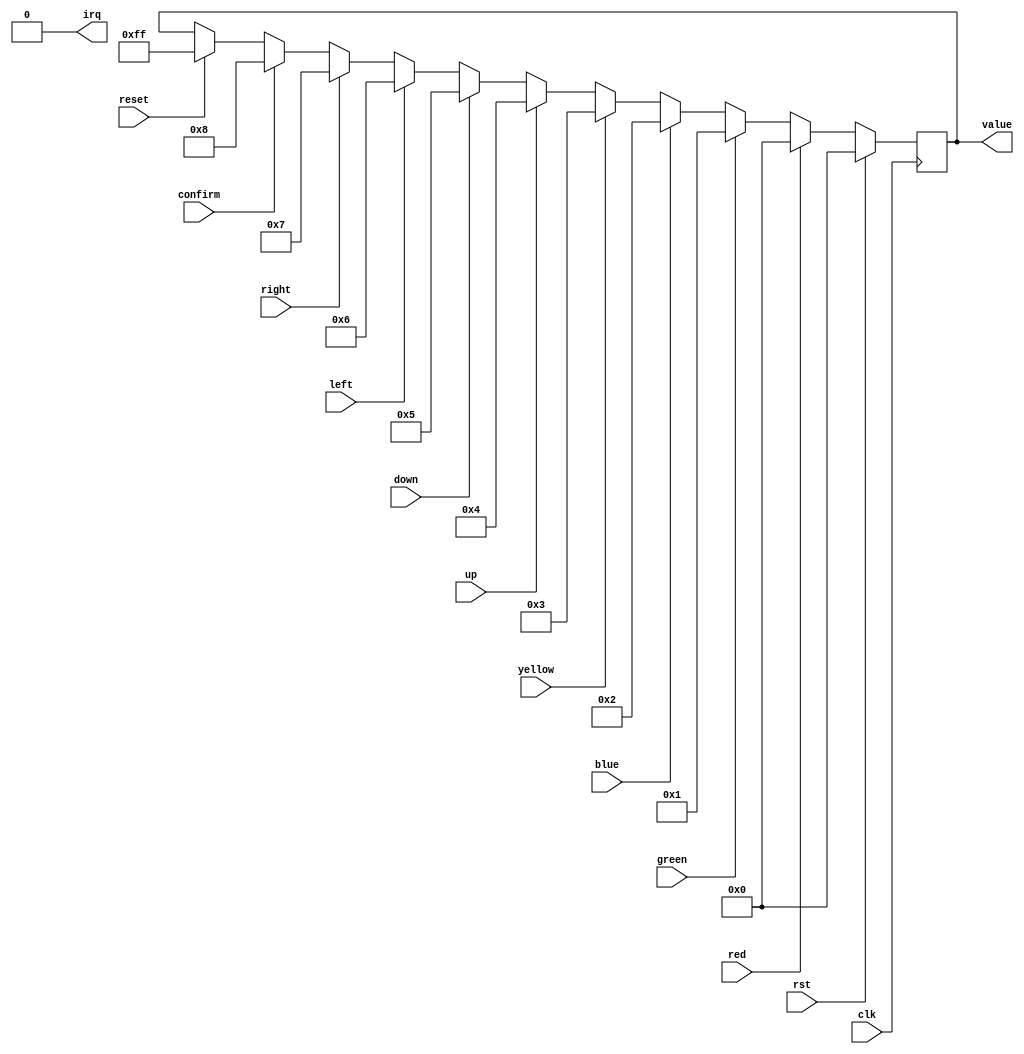
/*
   This file was generated automatically by the Mojo IDE version B1.3.6.
   Do not edit this file directly. Instead edit the original Lucid source.
   This is a temporary file and any changes made to it will be destroyed.
*/

module buttoninputdecoder_2 (
    input clk,
    input rst,
    input reset,
    input red,
    input green,
    input blue,
    input yellow,
    input up,
    input down,
    input left,
    input right,
    input confirm,
    output reg irq,
    output reg [7:0] value
  );
  
  
  
  reg [7:0] M_buffer_d, M_buffer_q = 1'h0;
  
  always @* begin
    M_buffer_d = M_buffer_q;
    
    irq = 1'h0;
    value = M_buffer_q;
    if (red == 1'h1) begin
      M_buffer_d = 8'h00;
    end else begin
      if (green == 1'h1) begin
        M_buffer_d = 8'h01;
      end else begin
        if (blue == 1'h1) begin
          M_buffer_d = 8'h02;
        end else begin
          if (yellow == 1'h1) begin
            M_buffer_d = 8'h03;
          end else begin
            if (up == 1'h1) begin
              M_buffer_d = 8'h04;
            end else begin
              if (down == 1'h1) begin
                M_buffer_d = 8'h05;
              end else begin
                if (left == 1'h1) begin
                  M_buffer_d = 8'h06;
                end else begin
                  if (right == 1'h1) begin
                    M_buffer_d = 8'h07;
                  end else begin
                    if (confirm == 1'h1) begin
                      M_buffer_d = 8'h08;
                    end else begin
                      if (reset == 1'h1) begin
                        M_buffer_d = 8'hff;
                      end
                    end
                  end
                end
              end
            end
          end
        end
      end
    end
  end
  
  always @(posedge clk) begin
    if (rst == 1'b1) begin
      M_buffer_q <= 1'h0;
    end else begin
      M_buffer_q <= M_buffer_d;
    end
  end
  
endmodule